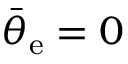
\bar { \theta } _ { \mathrm { e } } = 0